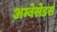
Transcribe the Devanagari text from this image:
अम्बेसेडर्स